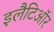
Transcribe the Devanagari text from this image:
इलैटिऑर